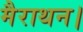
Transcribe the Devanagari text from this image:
मैराथन।